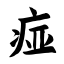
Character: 痖